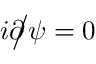
i \partial \! \! \! { \big / } \psi = 0